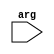
module top(arg);
    input [31:0] arg;

    wire [31:0] out_0;
    wire [31:0] out_1;
    reg  [31:0] var;

    add dut_0 (var, var, out_0);
    add dut_1 (arg, var, out_1);

endmodule

module add(in0, in1, out);
    input      [31:0]  in0;
    input      [31:0]  in1;
    output reg [31:0]  out;

    // This works if you explicitly specify the sensitivity list.
    always @* out = in0 + in1;
endmodule